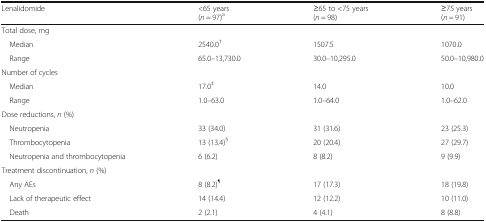
| Lenalidomide | <65 years(n = 97)a | ≥65 to <75 years(n = 98) | ≥75 years(n = 91) |
 | --- | --- | --- | --- |
 | <COLSPAN=4> Total dose, mg |
 | Median | 2540.0† | 1507.5 | 1070.0 |
 | Range | 65.0–13,730.0 | 30.0–10,295.0 | 50.0–10,980.0 |
 | <COLSPAN=4> Number of cycles |
 | Median | 17.0‡ | 14.0 | 10.0 |
 | Range | 1.0–63.0 | 1.0–64.0 | 1.0–62.0 |
 | <COLSPAN=4> Dose reductions, n (%) |
 | Neutropenia | 33 (34.0) | 31 (31.6) | 23 (25.3) |
 | Thrombocytopenia | 13 (13.4)§ | 20 (20.4) | 27 (29.7) |
 | Neutropenia and thrombocytopenia | 6 (6.2) | 8 (8.2) | 9 (9.9) |
 | <COLSPAN=4> Treatment discontinuation, n (%) |
 | Any AEs | 8 (8.2)¶ | 17 (17.3) | 18 (19.8) |
 | Lack of therapeutic effect | 14 (14.4) | 12 (12.2) | 10 (11.0) |
 | Death | 2 (2.1) | 4 (4.1) | 8 (8.8) |